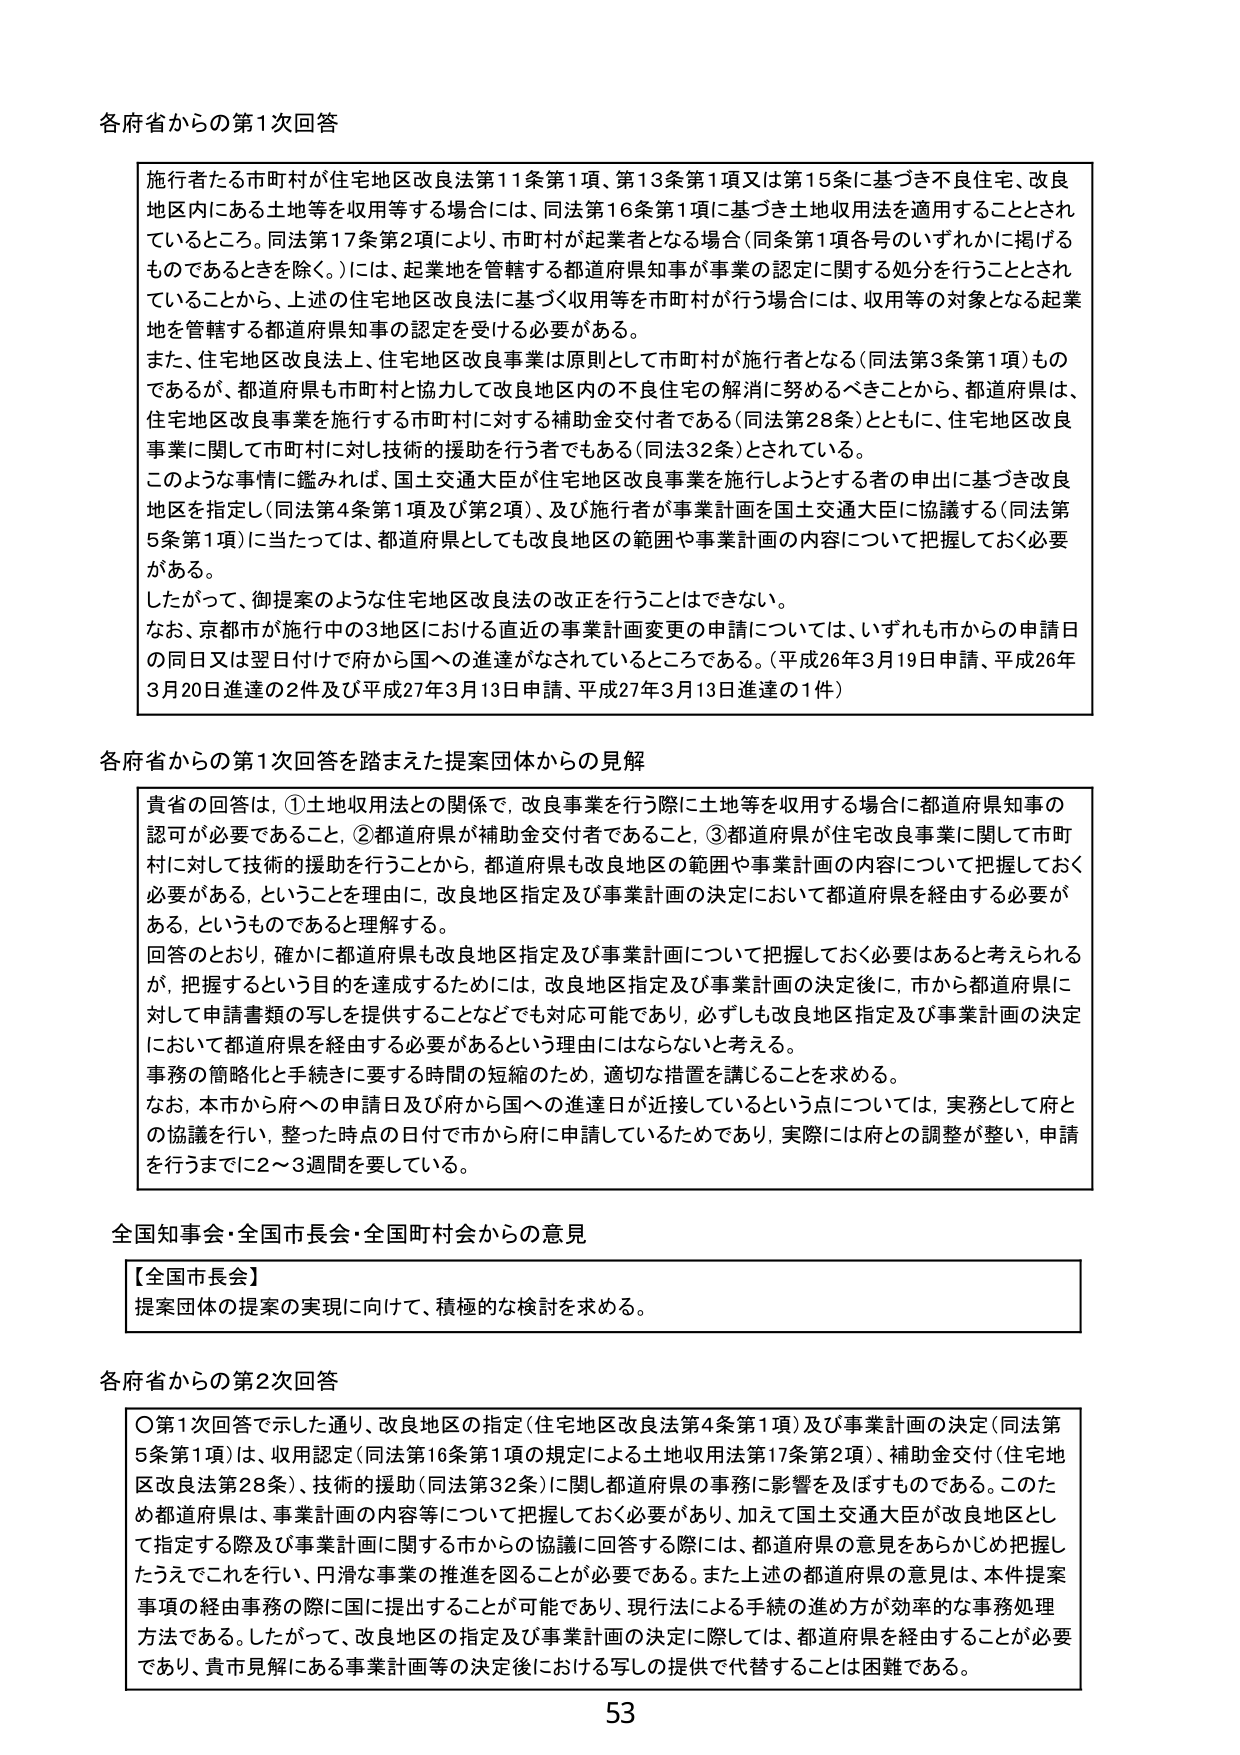
各府省からの第1次回答

施行者たる市町村が住宅地区改良法第11条第1項、第13条第1項又は第15条に基づき不良住宅、改良地区内にある土地等を収用等する場合には、同法第16条第1項に基づき土地収用法を適用することとされているところ。同法第17条第2項により、市町村が起業者となる場合（同条第1項各号のいずれかに掲げるものであるときを除く。）には、起業地を管轄する都道府県知事が事業の認定に関する処分を行うこととされていることから、上述の住宅地区改良法に基づく収用等を市町村が行う場合には、収用等の対象となる起業地を管轄する都道府県知事の認定を受ける必要がある。

また、住宅地区改良法上、住宅地区改良事業は原則として市町村が施行者となる（同法第3条第1項）ものであるが、都道府県も市町村と協力して改良地区内の不良住宅の解消に努めるべきことから、都道府県は、住宅地区改良事業を施行する市町村に対する補助金交付者である（同法第28条）とともに、住宅地区改良事業に関して市町村に対し技術的援助を行う者でもある（同法32条）とされている。

このような事情に鑑みれば、国土交通大臣が住宅地区改良事業を施行しようとする者の申出に基づき改良地区を指定し（同法第4条第1項及び第2項）、及び施行者が事業計画を国土交通大臣に協議する（同法第5条第1項）に当たっては、都道府県としても改良地区の範囲や事業計画の内容について把握しておく必要がある。

したがって、御提案のような住宅地区改良法の改正を行うことはできない。

なお、京都市が施行中の3地区における直近の事業計画変更の申請については、いずれも市からの申請日の同日又は翌日付けで府から国への進達がなされているところである。（平成26年3月19日申請、平成26年3月20日進達の2件及び平成27年3月13日申請、平成27年3月13日進達の1件）

各府省からの第1次回答を踏まえた提案団体からの見解

貴省の回答は、①土地収用法との関係で、改良事業を行う際に土地等を収用する場合に都道府県知事の認可が必要であること、②都道府県が補助金交付者であること、③都道府県が住宅改良事業に関して市町村に対して技術的援助を行うことから、都道府県も改良地区の範囲や事業計画の内容について把握しておく必要がある、ということを理由に、改良地区指定及び事業計画の決定において都道府県を経由する必要がある、というものであると理解する。

回答のとおり、確かに都道府県も改良地区指定及び事業計画について把握しておく必要はあると考えられるが、把握するという目的を達成するためには、改良地区指定及び事業計画の決定後に、市から都道府県に対して申請書類の写しを提供することなどでも対応可能であり、必ずしも改良地区指定及び事業計画の決定において都道府県を経由する必要があるという理由にはならないと考える。

事務の簡略化と手続きに要する時間の短縮のため、適切な措置を講じることを求める。

なお、本市から府への申請日及び府から国への進達日が近接しているという点については、実務として府との協議を行い、整った時点の日付で市から府に申請しているためであり、実際には府との調整が整い、申請を行うまでに2～3週間を要している。

全国知事会・全国市長会・全国町村会からの意見

【全国市長会】
提案団体の提案の実現に向けて、積極的な検討を求める。

各府省からの第2次回答

〇第1次回答で示した通り、改良地区の指定（住宅地区改良法第4条第1項）及び事業計画の決定（同法第5条第1項）は、収用認定（同法第16条第1項の規定による土地収用法第17条第2項）、補助金交付（住宅地区改良法第28条）、技術的援助（同法第32条）に関し都道府県の事務に影響を及ぼすものである。このため都道府県は、事業計画の内容等について把握しておく必要があり、加えて国土交通大臣が改良地区として指定する際及び事業計画に関する市からの協議に回答する際には、都道府県の意見をあらかじめ把握したうえでこれを行い、円滑な事業の推進を図ることが必要である。また上述の都道府県の意見は、本件提案事項の経由事務の際に国に提出することが可能であり、現行法による手続の進め方が効率的な事務処理方法である。したがって、改良地区の指定及び事業計画の決定に際しては、都道府県を経由することが必要であり、貴市見解にある事業計画等の決定後における写しの提供で代替することは困難である。

53